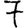
Digit: 7